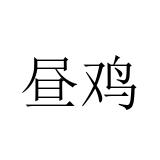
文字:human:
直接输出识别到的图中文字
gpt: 昼鸡